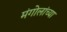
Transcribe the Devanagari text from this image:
मंगोलांच्या